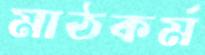
মাঠকর্ম